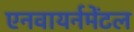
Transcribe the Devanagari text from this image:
एनवायर्नमेंटल